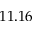
1 1 . 1 6